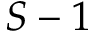
S - 1